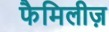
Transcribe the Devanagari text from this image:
फैमिलीज़